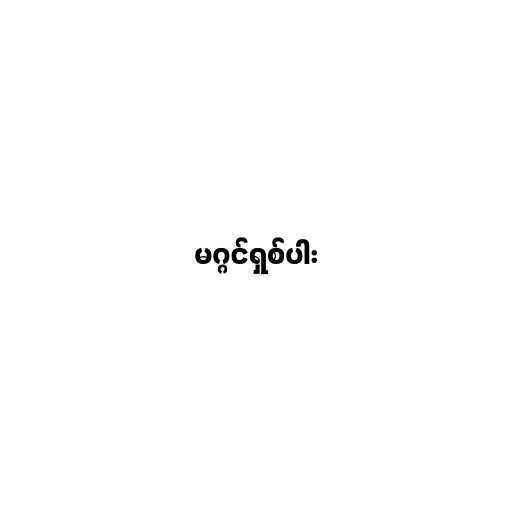
မဂ္ဂင်ရှစ်ပါး